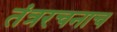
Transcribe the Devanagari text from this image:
तंत्ररचनाच